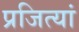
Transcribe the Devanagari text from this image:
प्रजित्यां